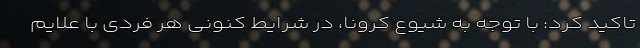
تاکید کرد: با توجه به شیوع کرونا، در شرایط کنونی هر فردی با علایم